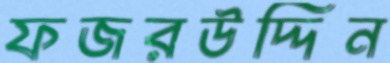
ফজরউদ্দিন